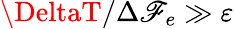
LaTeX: \DeltaT/\Delta\mathscr{F}_{e}\gg\varepsilon